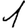
Digit: 1